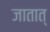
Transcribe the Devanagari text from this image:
जातात्